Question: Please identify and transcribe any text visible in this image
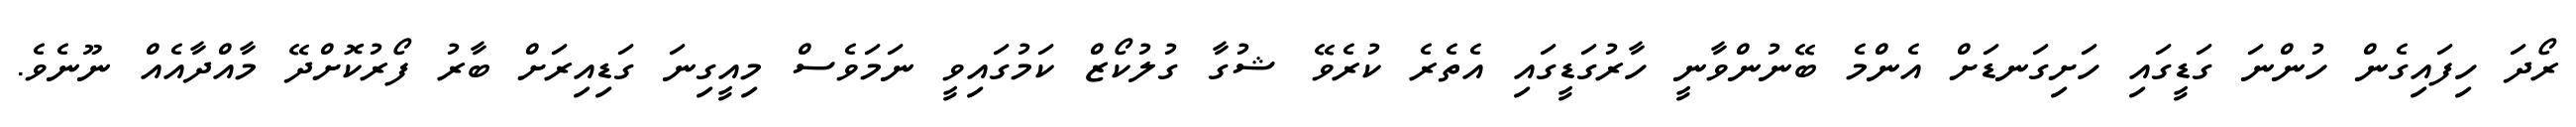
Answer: ރޯދަ ހިފައިގެން ހުންނަ ގަޑީގައި ހަށިގަނޑަށް އެންމެ ބޭނުންވާނީ ހާރުގަޑީގައި އެތެރެ ކުރެވޭ ޝުގާ ގުލުކޯޒް ކަމުގައިވީ ނަމަވެސް މިއީގިނަ ގަޑިއިރަށް ބާރު ފޯރުކޮށްދޭ މާއްދާއެއް ނޫނެވެ.